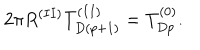
2 \pi R ^ { ( I I ) } T _ { D ( p + 1 ) } ^ { ( I I ) } = T _ { D p } ^ { ( 0 ) } .